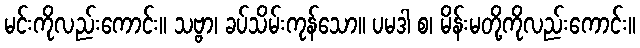
မင်းကိုလည်းကောင်း။ သဗ္ဗာ၊ ခပ်သိမ်းကုန်သော။ ပမဒါ စ၊ မိန်းမတို့ကိုလည်းကောင်း။